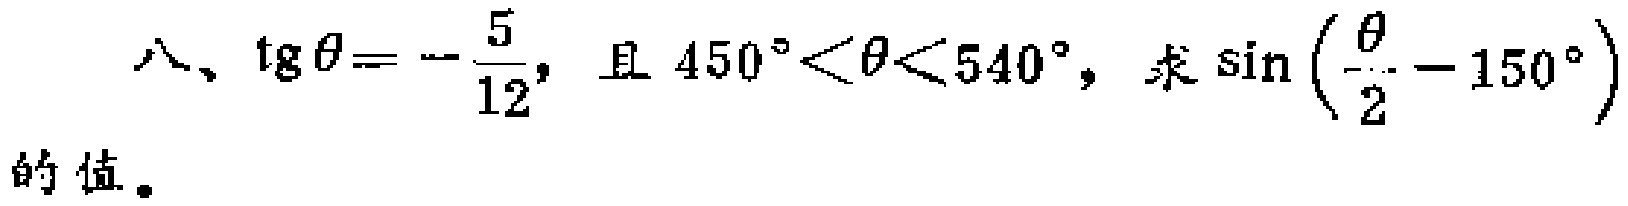
八、$\text{tg}\theta = -\frac{5}{12}$，且$450^{\circ}<\theta<540^{\circ}$，求$\sin\left(\frac{\theta}{2} - 150^{\circ}\right)$的值。